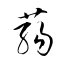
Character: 蒻